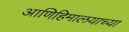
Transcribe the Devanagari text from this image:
आणिहिमालयाच्या